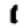
Digit: 1